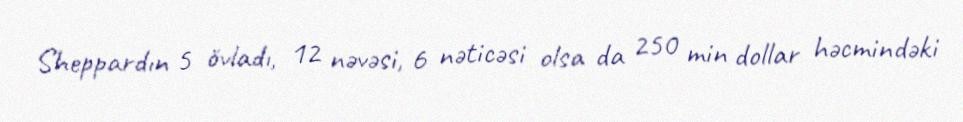
Sheppardın 5 övladı, 12 nəvəsi, 6 nəticəsi olsa da 250 min dollar həcmindəki